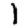
Digit: 1